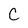
Character: C